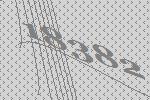
18382